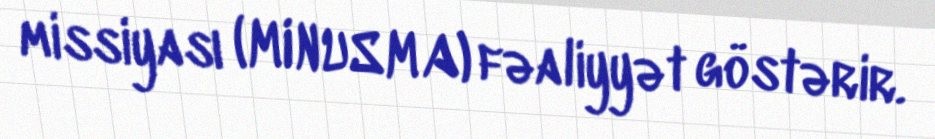
missiyası (MINUSMA) fəaliyyət göstərir.